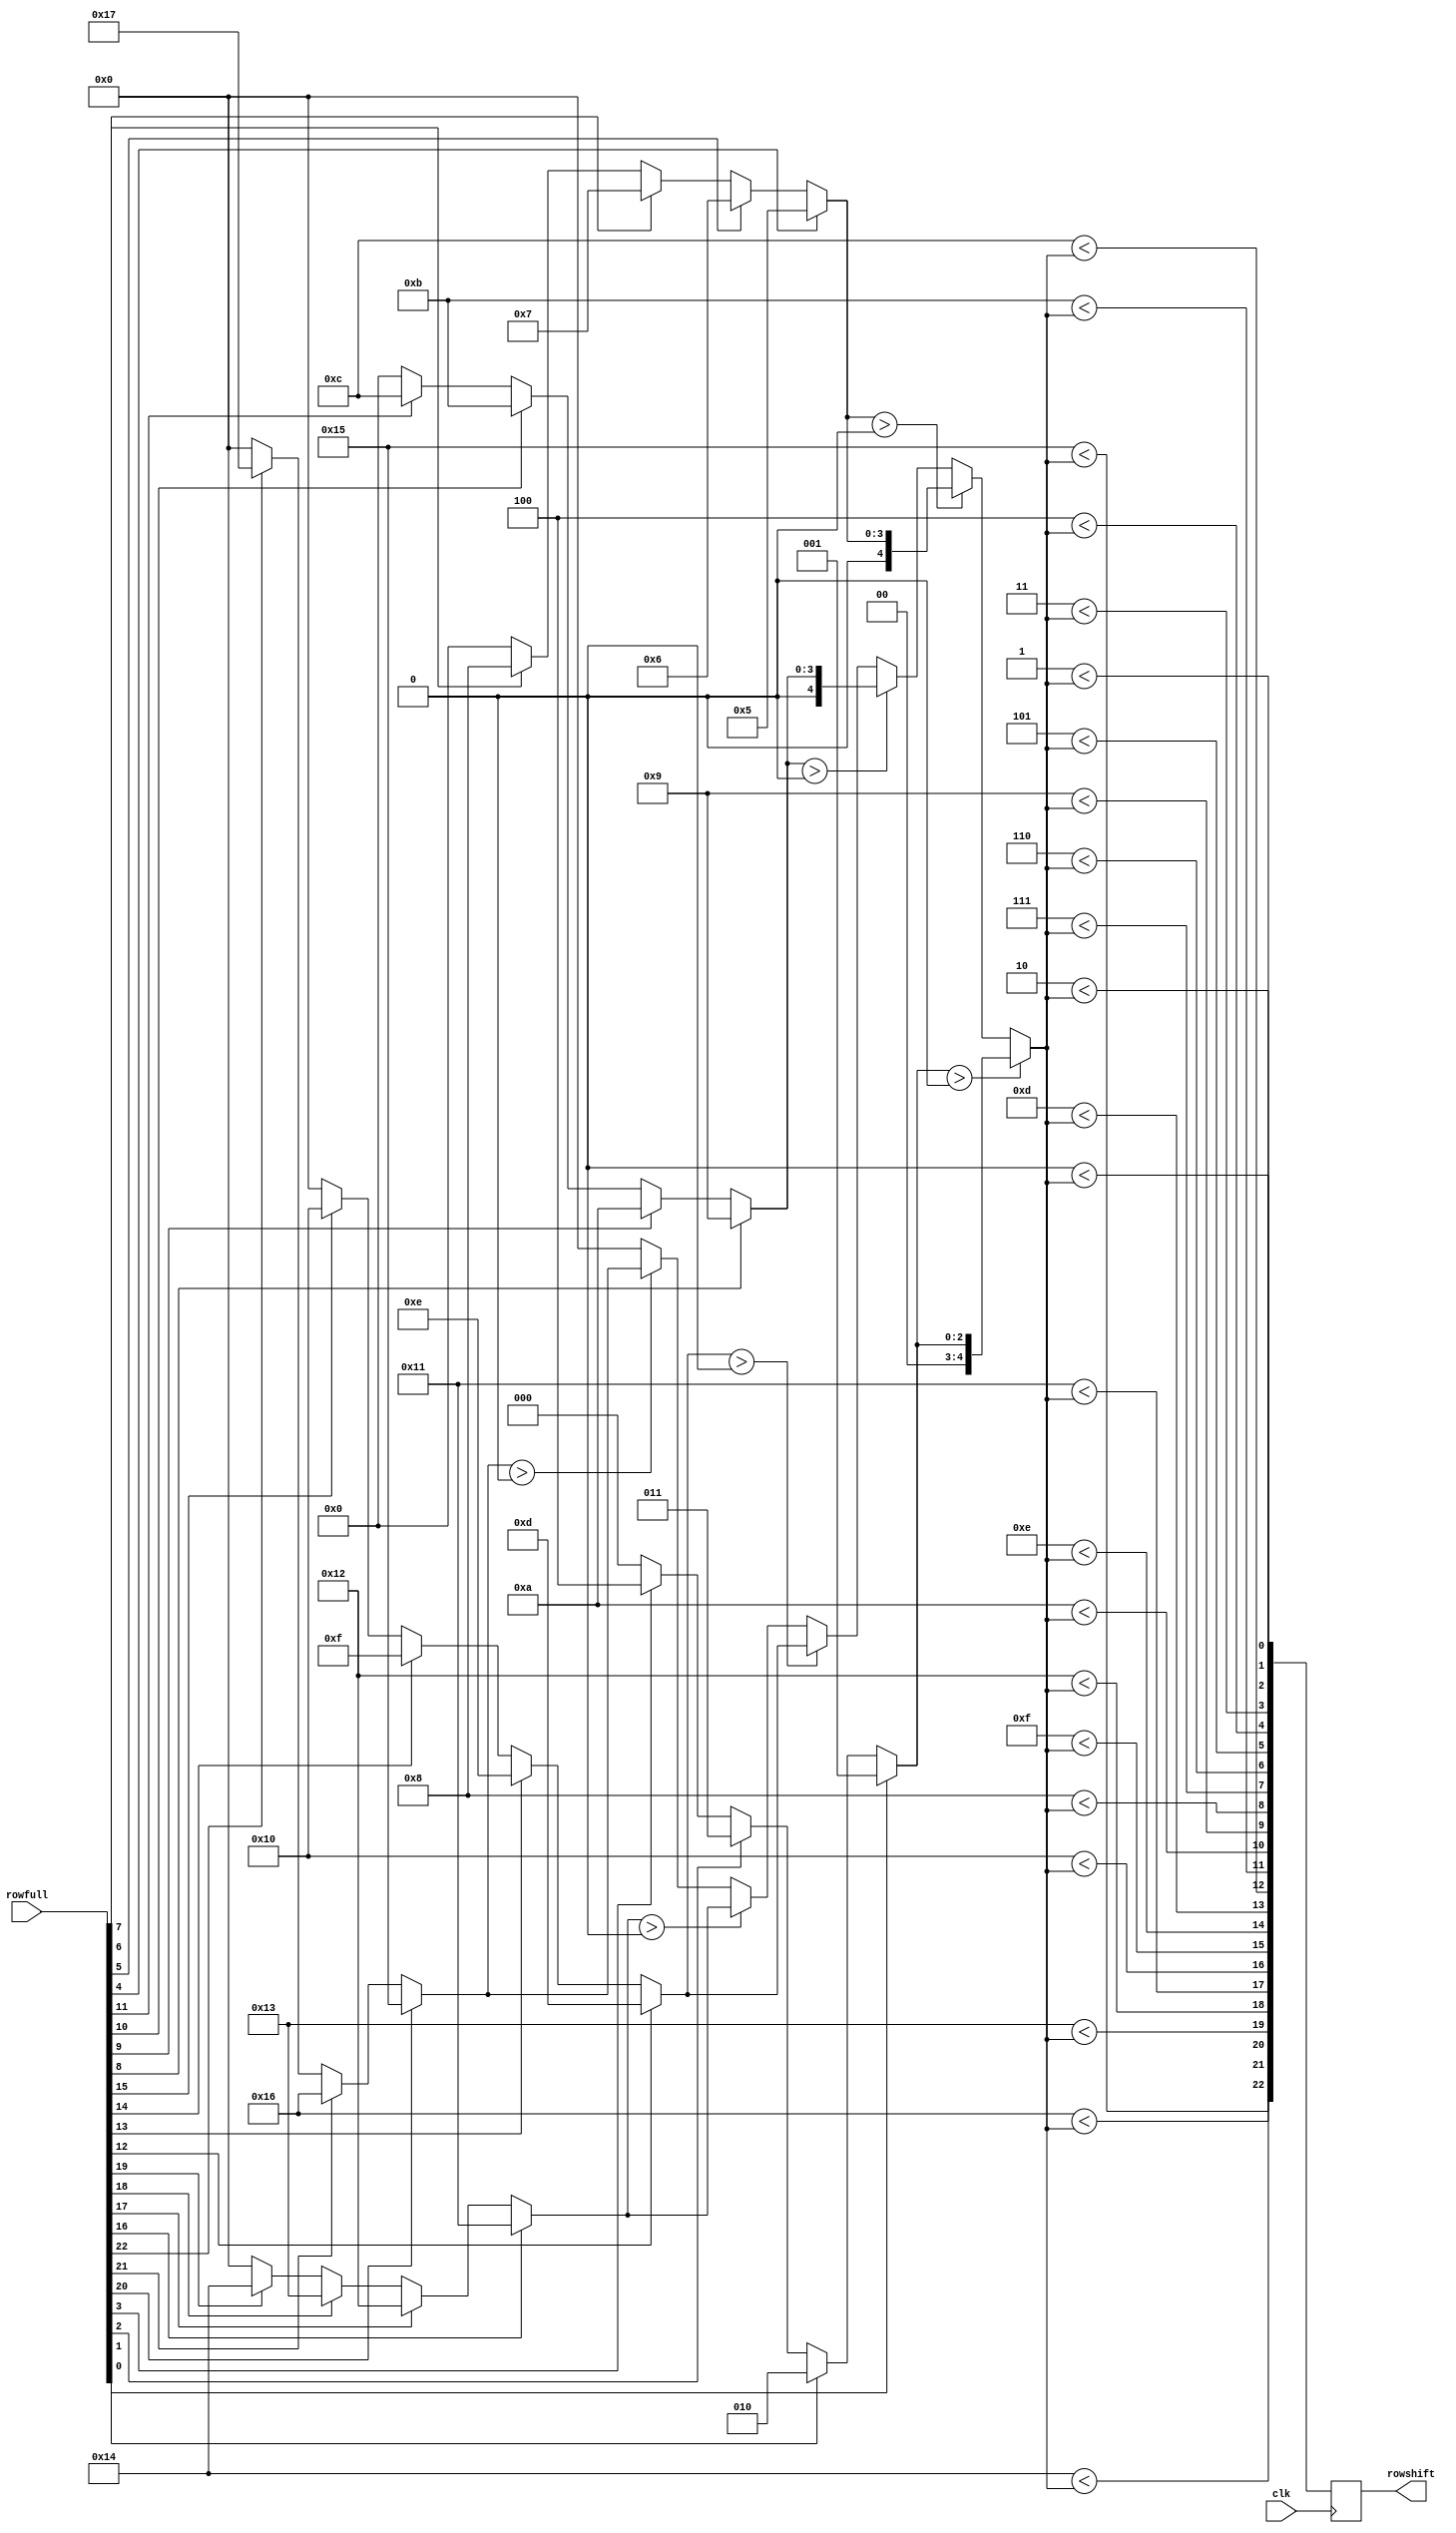

module shifter (
    input wire clk,
    input wire [22:0] rowfull,
    output reg [22:0] rowshift
);

    wire [5:0] point1;
    assign point1 = (rowfull[0] == 1'b1) ? 6'd1 : ((rowfull[1] == 1'b1) ? 6'd2 : ((rowfull[2] == 1'b1) ? 6'd3 : ((rowfull[3] == 1'b1) ? 6'd4 : 6'd0)));
    wire [5:0] point2;
    assign point2 = (rowfull[4] == 1'b1) ? 6'd5 : ((rowfull[5] == 1'b1) ? 6'd6 : ((rowfull[6] == 1'b1) ? 6'd7 : ((rowfull[7] == 1'b1) ? 6'd8 : 6'd0)));
    wire [5:0] point3;
    assign point3 = (rowfull[8] == 1'b1) ? 6'd9 : ((rowfull[9] == 1'b1) ? 6'd10 : ((rowfull[10] == 1'b1) ? 6'd11 : ((rowfull[11] == 1'b1) ? 6'd12 : 6'd0)));
    wire [5:0] point4;
    assign point4 = (rowfull[12] == 1'b1) ? 6'd13 : ((rowfull[13] == 1'b1) ? 6'd14 : ((rowfull[14] == 1'b1) ? 6'd15 : ((rowfull[15] == 1'b1) ? 6'd16 : 6'd0)));
    wire [5:0] point5;
    assign point5 = (rowfull[16] == 1'b1) ? 6'd17 : ((rowfull[17] == 1'b1) ? 6'd18 : ((rowfull[18] == 1'b1) ? 6'd19 : ((rowfull[19] == 1'b1) ? 6'd20 : 6'd0)));
    wire [5:0] point6;
    assign point6 = (rowfull[20] == 1'b1) ? 6'd21 : ((rowfull[21] == 1'b1) ? 6'd22 : ((rowfull[22] == 1'b1) ? 6'd23 : 6'd0));

    wire [5:0] totp;
    assign totp = (point1 > 6'd0) ? point1 : ((point2 > 6'd0) ? point2 : ((point3 > 6'd0) ? point3 : ((point4 > 6'd0) ? point4 : ((point5 > 6'd0) ? point5 : ((point6 > 6'd0) ? point6 : 6'd0)))));

    always @(posedge clk) begin
        rowshift[0] <= (6'd0 < totp);
        rowshift[1] <= (6'd1 < totp);
        rowshift[2] <= (6'd2 < totp);
        rowshift[3] <= (6'd3 < totp);
        rowshift[4] <= (6'd4 < totp);
        rowshift[5] <= (6'd5 < totp);
        rowshift[6] <= (6'd6 < totp);
        rowshift[7] <= (6'd7 < totp);
        rowshift[8] <= (6'd8 < totp);
        rowshift[9] <= (6'd9 < totp);
        rowshift[10] <= (6'd10 < totp);
        rowshift[11] <= (6'd11 < totp);
        rowshift[12] <= (6'd12 < totp);
        rowshift[13] <= (6'd13 < totp);
        rowshift[14] <= (6'd14 < totp);
        rowshift[15] <= (6'd15 < totp);
        rowshift[16] <= (6'd16 < totp);
        rowshift[17] <= (6'd17 < totp);
        rowshift[18] <= (6'd18 < totp);
        rowshift[19] <= (6'd19 < totp);
        rowshift[20] <= (6'd20 < totp);
        rowshift[21] <= (6'd21 < totp);
        rowshift[22] <= (6'd22 < totp);
    end

endmodule